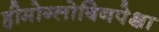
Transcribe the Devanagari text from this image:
हीमोग्लोबिनपेक्षा